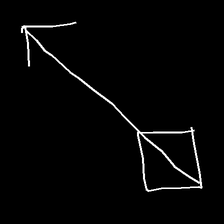
Glyph: focus